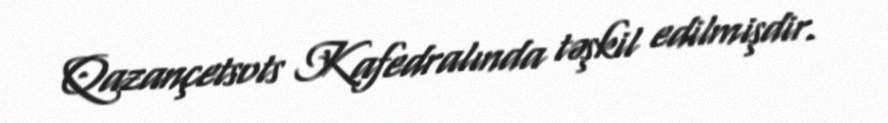
Qazançetsots Kafedralında təşkil edilmişdir.